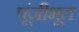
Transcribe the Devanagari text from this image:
पूंजीभूत